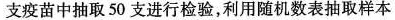
支疫苗中抽取50支进行检验，利用随机数表抽取样本